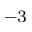
^ { - 3 }